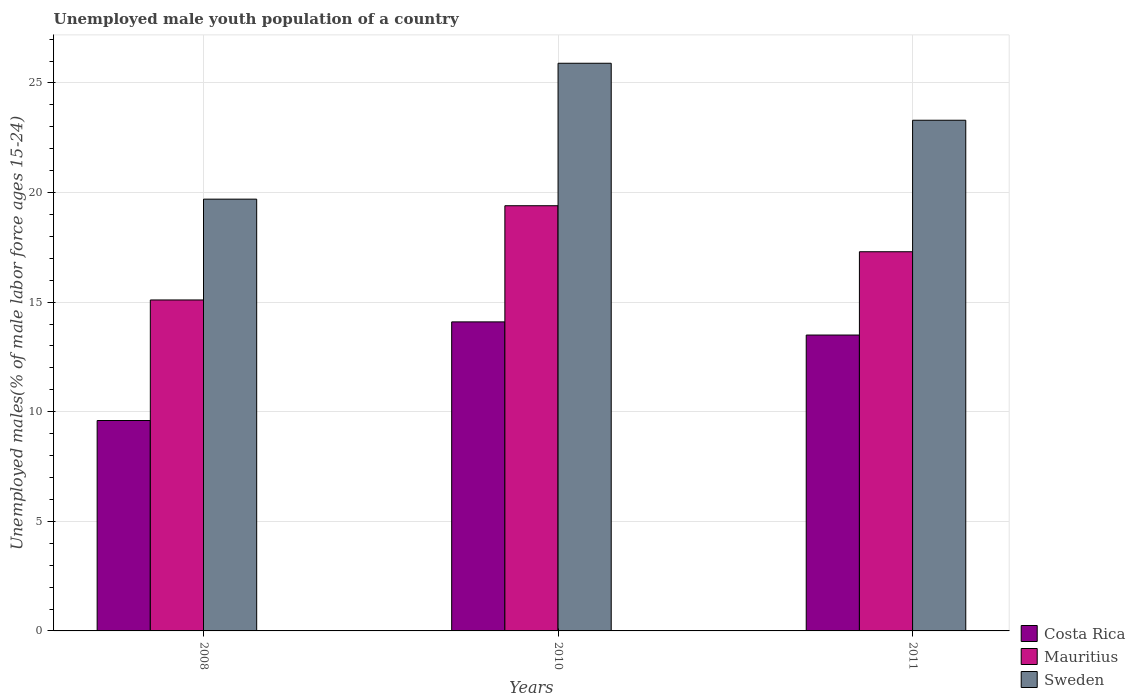
| Years | Costa Rica | Mauritius | Sweden |
 | --- | --- | --- | --- |
 | 2008 | 9.6 | 15.1 | 19.7 |
 | 2010 | 14.1 | 19.4 | 25.9 |
 | 2011 | 13.5 | 17.3 | 23.3 |